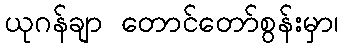
ယုဂန်ချာ တောင်တော်စွန်းမှာ၊